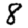
Digit: 8